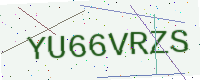
Text: YU66VRZS